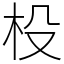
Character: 杸